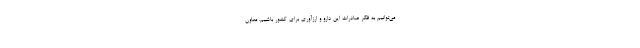
می‌توانیم به فکر صادرات این دارو و ارزآوری برای کشور باشیم. معاون